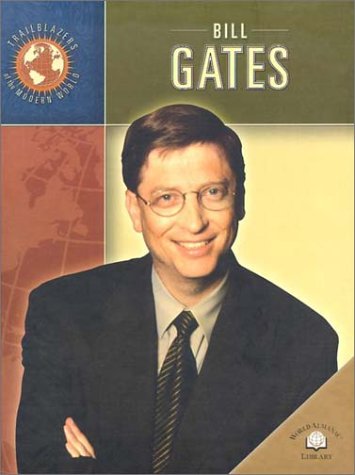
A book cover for Bill Gates (Trailblazers of the Modern World); Lauren Lee; Children's Books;